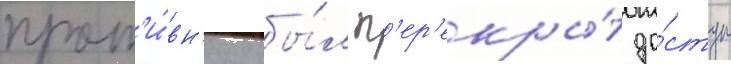
прот'и́вн'ику бы́л п'ер'екры́т до́ступ